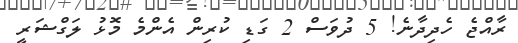
ރާއްޖެ ހެދިދާނެ! 5 ދުވަސް 2 ގަޑި ކުރިން އެންމެ މޮޅު ލަގްޝަރީ